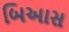
બિઆસ